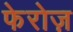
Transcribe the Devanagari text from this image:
फेरोज़